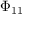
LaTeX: \Phi _ { 1 1 }